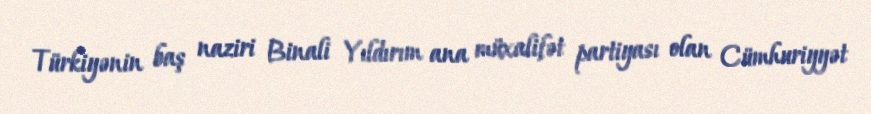
Türkiyənin baş naziri Binali Yıldırım ana müxalifət partiyası olan Cümhuriyyət